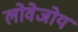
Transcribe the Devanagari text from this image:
लोवेजोय